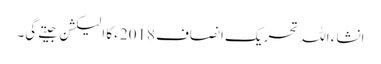
انشاء اللہ تحریک انصاف 2018ء کا الیکشن جیتے گی۔